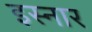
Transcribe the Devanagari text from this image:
इस्नार